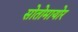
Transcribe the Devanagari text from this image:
सोतोमायोर